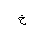
Letter: _kha